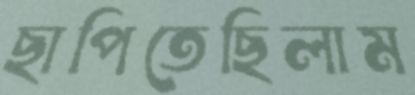
ছাপিতেছিলাম